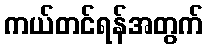
ကယ်တင်ရန်အတွက်